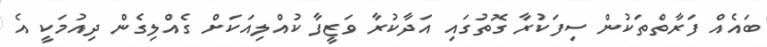
ބައެއް ފަރާތްތަކުން ސިފަކުރާ ގޮތުގައި އަދާކުރާ ވަޒީފާ ކުއްލިއަކަށް ގެއްލިގެން ދިއުމަކީ އެ